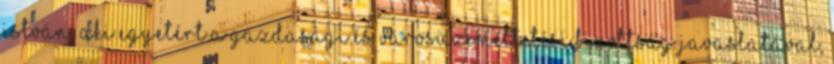
István: Aki egyetért a Gazdasági és Városüzemeltetési Bizottság javaslatával,